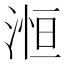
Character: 𪶥